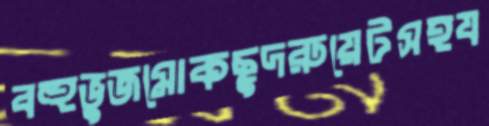
বহুভুজমোকছুদরুয়েটসহয